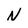
Character: N